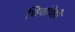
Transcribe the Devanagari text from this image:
शिवांचेही